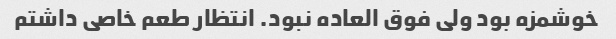
خوشمزه بود ولی فوق العاده نبود. انتظار طعم خاصی داشتم